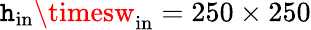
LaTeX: \mathtt{h}_{\mathrm{{in}}}\timesw_{\mathrm{{in}}}=250\times250